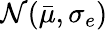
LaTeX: \mathcal{N}(\bar{\mu},\sigma_{e})